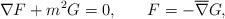
LaTeX: \begin{align*}\nabla F+m^2G=0,\hspace{0.3in}F=-\overline{\nabla }G, \end{align*}